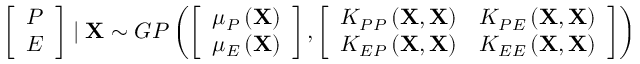
\left[ \begin{array} { c } { P } \\ { E } \end{array} \right] \mid \mathbf { X } \sim G P \left( \left[ \begin{array} { c } { \mu _ { P } \left( \mathbf { X } \right) } \\ { \mu _ { E } \left( \mathbf { X } \right) } \end{array} \right] , \left[ \begin{array} { c c } { K _ { P P } \left( \mathbf { X } , \mathbf { X } \right) } & { K _ { P E } \left( \mathbf { X } , \mathbf { X } \right) } \\ { K _ { E P } \left( \mathbf { X } , \mathbf { X } \right) } & { K _ { E E } \left( \mathbf { X } , \mathbf { X } \right) } \end{array} \right] \right)